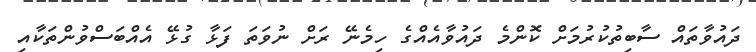
ދައުވާތައް ސާބިތުކުރުމަށް ކޮންމެ ދައުވާއެއްގެ ހިމެނޭ ރަށް ނުވަތަ ފަޅާ ގުޅޭ އެއްބަސްވުންތަކާއި